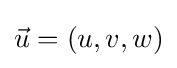
{\vec {u}}=(u,v,w)